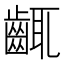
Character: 𪘛